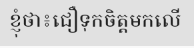
ខ្ញុំថា៖ជឿទុកចិត្តមកលើ